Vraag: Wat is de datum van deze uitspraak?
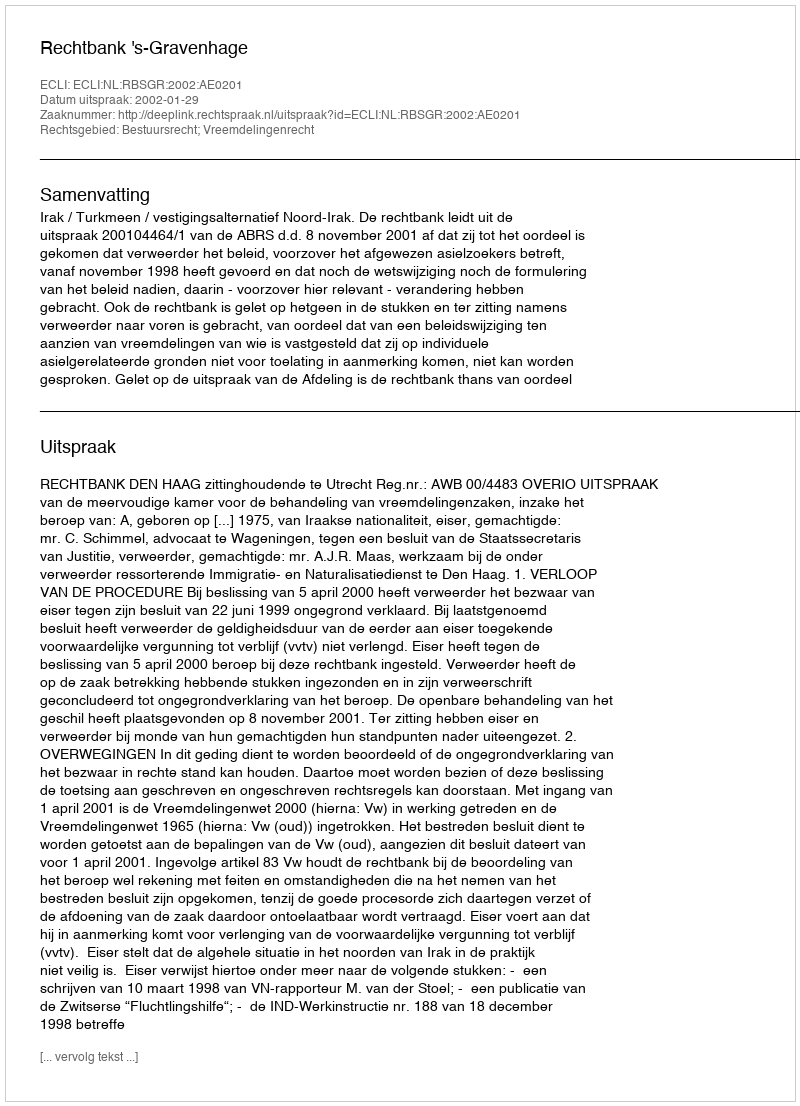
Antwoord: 2002-01-29